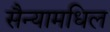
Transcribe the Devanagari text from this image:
सैन्यामधिल